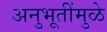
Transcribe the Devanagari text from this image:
अनुभूतींमुळे